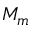
M _ { m }